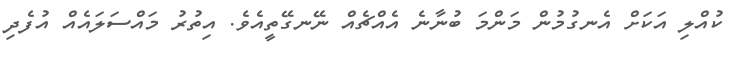
ކުއްލި އަކަށް އެނގުމުން މަންމަ ބުނާނެ އެއްޗެއް ނޭނގޭތީއެވެ. އިތުރު މައްސަލައެއް އުފެދި